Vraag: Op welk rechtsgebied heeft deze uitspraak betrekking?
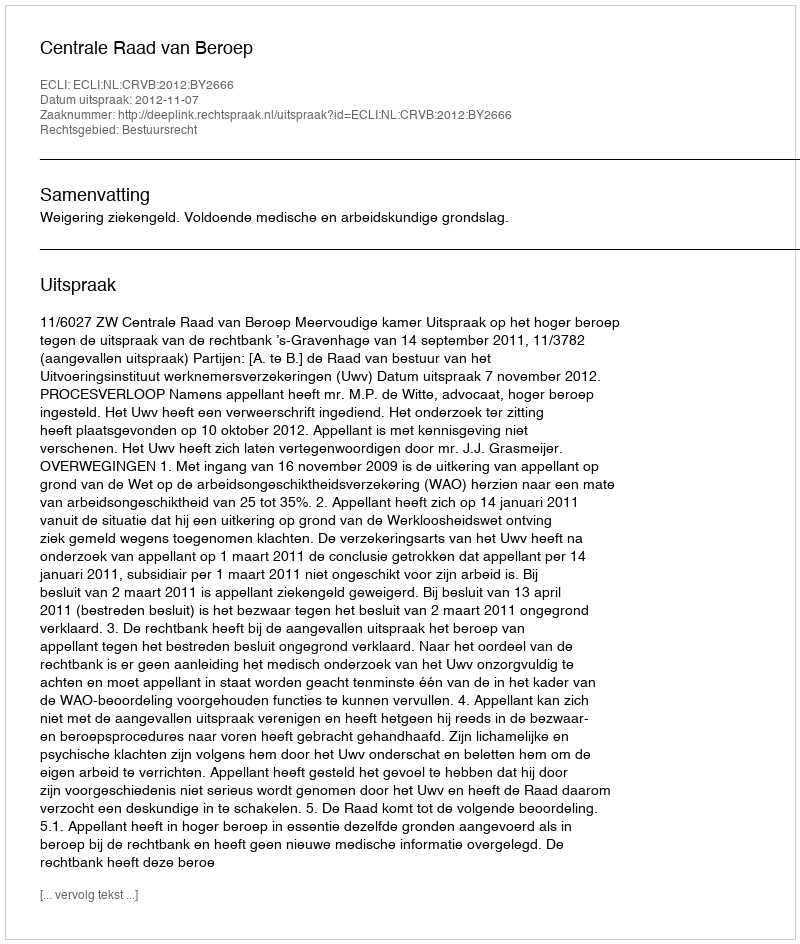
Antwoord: Bestuursrecht